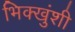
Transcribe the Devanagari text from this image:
भिक्खुंशी